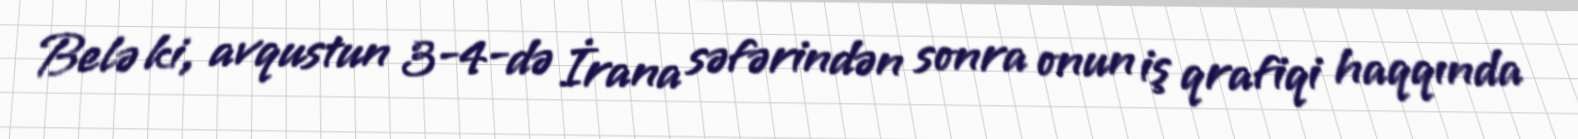
Belə ki, avqustun 3-4-də İrana səfərindən sonra onun iş qrafiqi haqqında